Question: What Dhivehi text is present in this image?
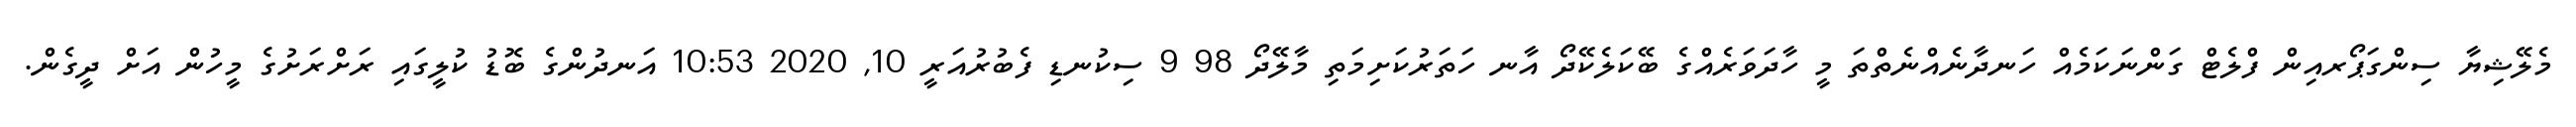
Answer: މެލޭޝިޔާ ސިންގަޕޯރއިން ފްލެޓް ގަންނަކަމެއް ހަނދާނެއްނެތްތަ މީ ހާދަވަރެއްގެ ބޭކަލެކޭދޯ އާނ ހަތަރުކަށިމަތި މާލޭދޯ 98 9 ސިކުނޑި ފެބުރުއަރީ 10, 2020 10:53 އަނދުންގެ ބޮޑު ކުލީގައި ރަށްރަށުގެ މީހުން އަށް ދީގެން.